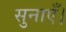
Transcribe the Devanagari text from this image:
सुनाएँ।